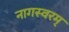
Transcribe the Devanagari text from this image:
नागस्वरम्